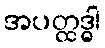
အပတ္ထဒ္ဓါ